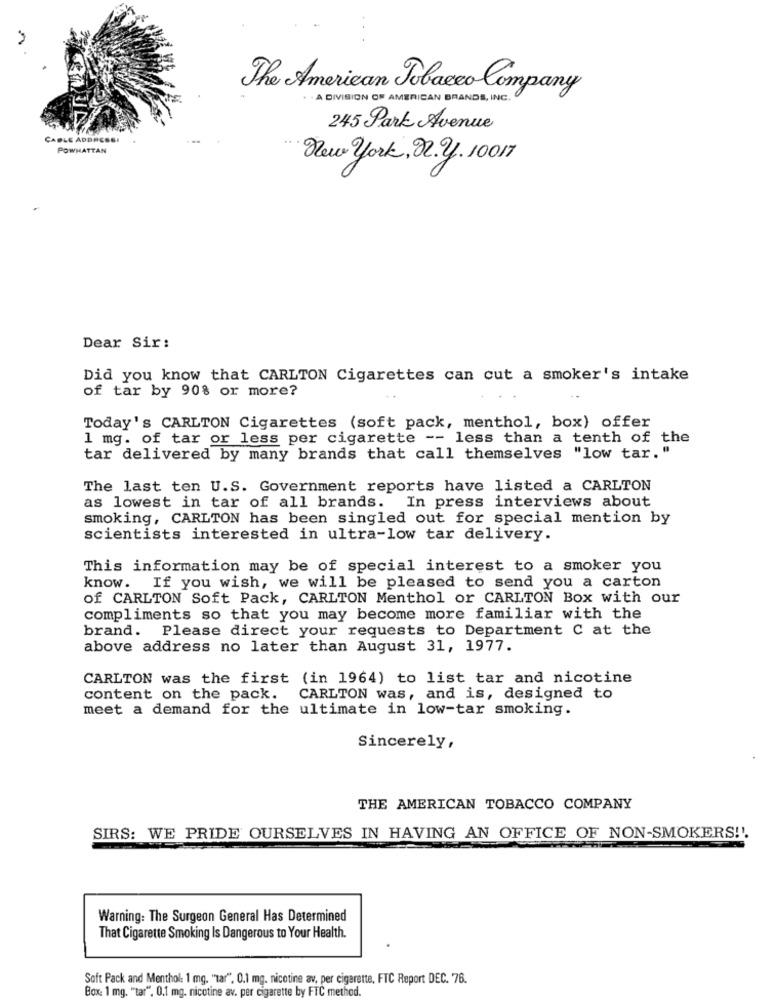
The American Tobacco Company
. A DIVISION OF AMERICAN BRANDS, INC.
245 Park Avenue
CABLE ADDRESS
POWHATTAN
New york, N. y. 10017
Dear Sir:
Did you know that CARLTON Cigarettes can cut a smoker's intake
of tar by 90% or more?
Today's CARLTON Cigarettes (soft pack, menthol, box) offer
1 mg. of tar or less per cigarette -- less than a tenth of the
tar delivered by many brands that call themselves "low tar. "
The last ten U.S. Government reports have listed a CARLTON
In press interviews about
as lowest in tar of all brands.
smoking, CARLTON has been singled out for special mention by
scientists interested in ultra-low tar delivery.
This information may be of special interest to a smoker you
know. If you wish, we will be pleased to send you a carton
of CARLTON Soft Pack, CARLTON Menthol or CARLTON Box with our
compliments so that you may become more familiar with the
brand. Please direct your requests to Department C at the
above address no later than August 31, 1977.
CARLTON was the first (in 1964) to list tar and nicotine
content on the pack.
CARLTON was, and is, designed to
meet a demand for the ultimate in low-tar smoking.
Sincerely,
THE AMERICAN TOBACCO COMPANY
SIRS: WE PRIDE OURSELVES IN HAVING AN OFFICE OF NON-SMOKERS !!.
Warning: The Surgeon General Has Determined
That Cigarette Smoking Is Dangerous to Your Health.
Soft Pack and Menthol: 1 mg. "Tar", 0.1 mg. nicotine av, per cigarette, FTC Report DEC. 76.
Box: 1 mg. "tar". 0.1 mg. nicotine av. per cigarette by FTC method.